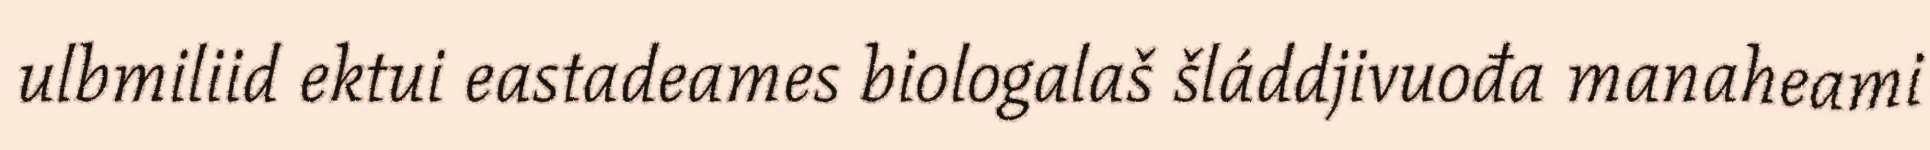
ulbmiliid ektui eastadeames biologalaš šláddjivuođa manaheami